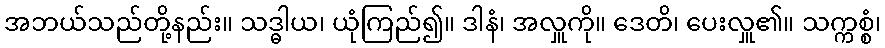
အဘယ်သည်တို့နည်း။ သဒ္ဓါယ၊ ယုံကြည်၍။ ဒါနံ၊ အလှူကို။ ဒေတိ၊ ပေးလှူ၏။ သက္ကစ္စံ၊